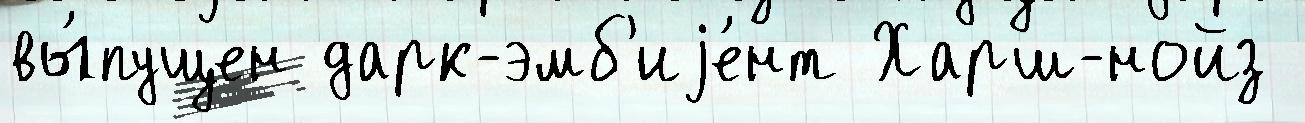
вы́пущен дарк-эмб'иjе́нт Харш-нойз